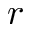
r